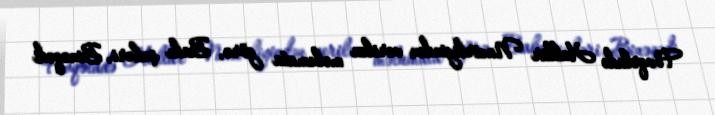
Fövqəladə Hallar Nazirliyindən verilən məlumata görə, Bakı şəhəri, Binəqədi